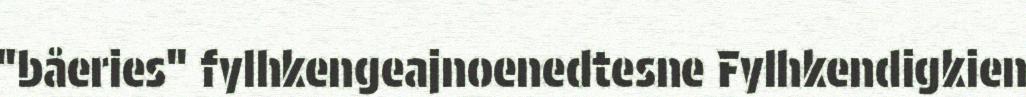
"båeries" fylhkengeajnoenedtesne Fylhkendigkien